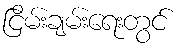
ငြိမ်းချမ်းရေးတွင်